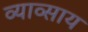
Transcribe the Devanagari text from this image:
व्याव्साय